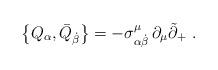
LaTeX: \begin{align*}\left\{ Q_\alpha ,\bar{Q}_{\dot{\beta}}\right\} =-\sigma _{\alpha \dot{\beta}}^\mu \,\partial _\mu \tilde{\partial}_{+}\,\,.\end{align*}